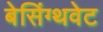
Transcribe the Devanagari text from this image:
बेसिंग्थवेट